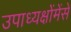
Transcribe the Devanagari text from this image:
उपाध्यक्षोंमेंसे